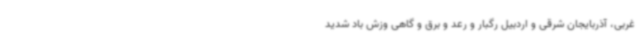
غربی، آذربایجان شرقی و اردبیل رگبار و رعد و برق و گاهی وزش باد شدید